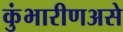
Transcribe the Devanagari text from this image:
कुंभारीणअसे